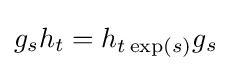
g_{s}h_{t}=h_{t\exp(s)}g_{s}